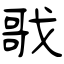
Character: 戨